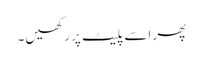
پھر اسے پلیٹ پر رکھیں۔